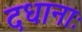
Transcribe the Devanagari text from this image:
दधानाः